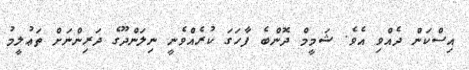
އިސްކަން ދެއްވި އެވެ. ޝަމީމް ދޮންބެ ފާހަގަ ކުރެއްވެނީ ނިލަންދޫގެ ދަރިންނަށް ތަޢުލީމު